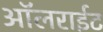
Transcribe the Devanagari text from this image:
ऑलराईट